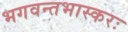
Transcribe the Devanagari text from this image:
भगवन्तभास्करः